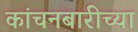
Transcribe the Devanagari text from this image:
कांचनबारीच्या